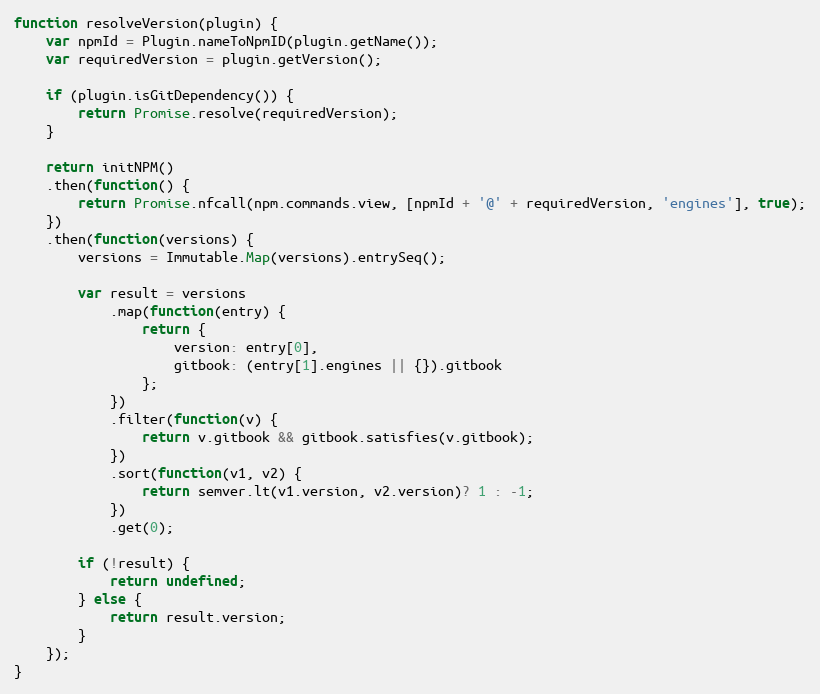
Language: JavaScript
function resolveVersion(plugin) {
    var npmId = Plugin.nameToNpmID(plugin.getName());
    var requiredVersion = plugin.getVersion();

    if (plugin.isGitDependency()) {
        return Promise.resolve(requiredVersion);
    }

    return initNPM()
    .then(function() {
        return Promise.nfcall(npm.commands.view, [npmId + '@' + requiredVersion, 'engines'], true);
    })
    .then(function(versions) {
        versions = Immutable.Map(versions).entrySeq();

        var result = versions
            .map(function(entry) {
                return {
                    version: entry[0],
                    gitbook: (entry[1].engines || {}).gitbook
                };
            })
            .filter(function(v) {
                return v.gitbook && gitbook.satisfies(v.gitbook);
            })
            .sort(function(v1, v2) {
                return semver.lt(v1.version, v2.version)? 1 : -1;
            })
            .get(0);

        if (!result) {
            return undefined;
        } else {
            return result.version;
        }
    });
}